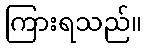
ကြားရသည်။